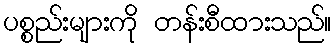
ပစ္စည်းများကို တန်းစီထားသည်။